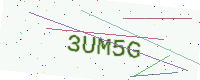
Text: 3UM5G